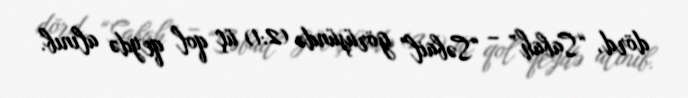
dörd, “Sabah” – “Səbail” görüşündə (2:1) üç qol qeydə alınıb.